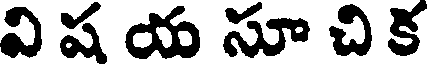
వి ష య సూ చి క